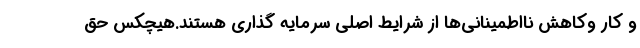
و کار وکاهش نااطمینانی‌ها از شرایط اصلی سرمایه گذاری هستند.هیچکس حق